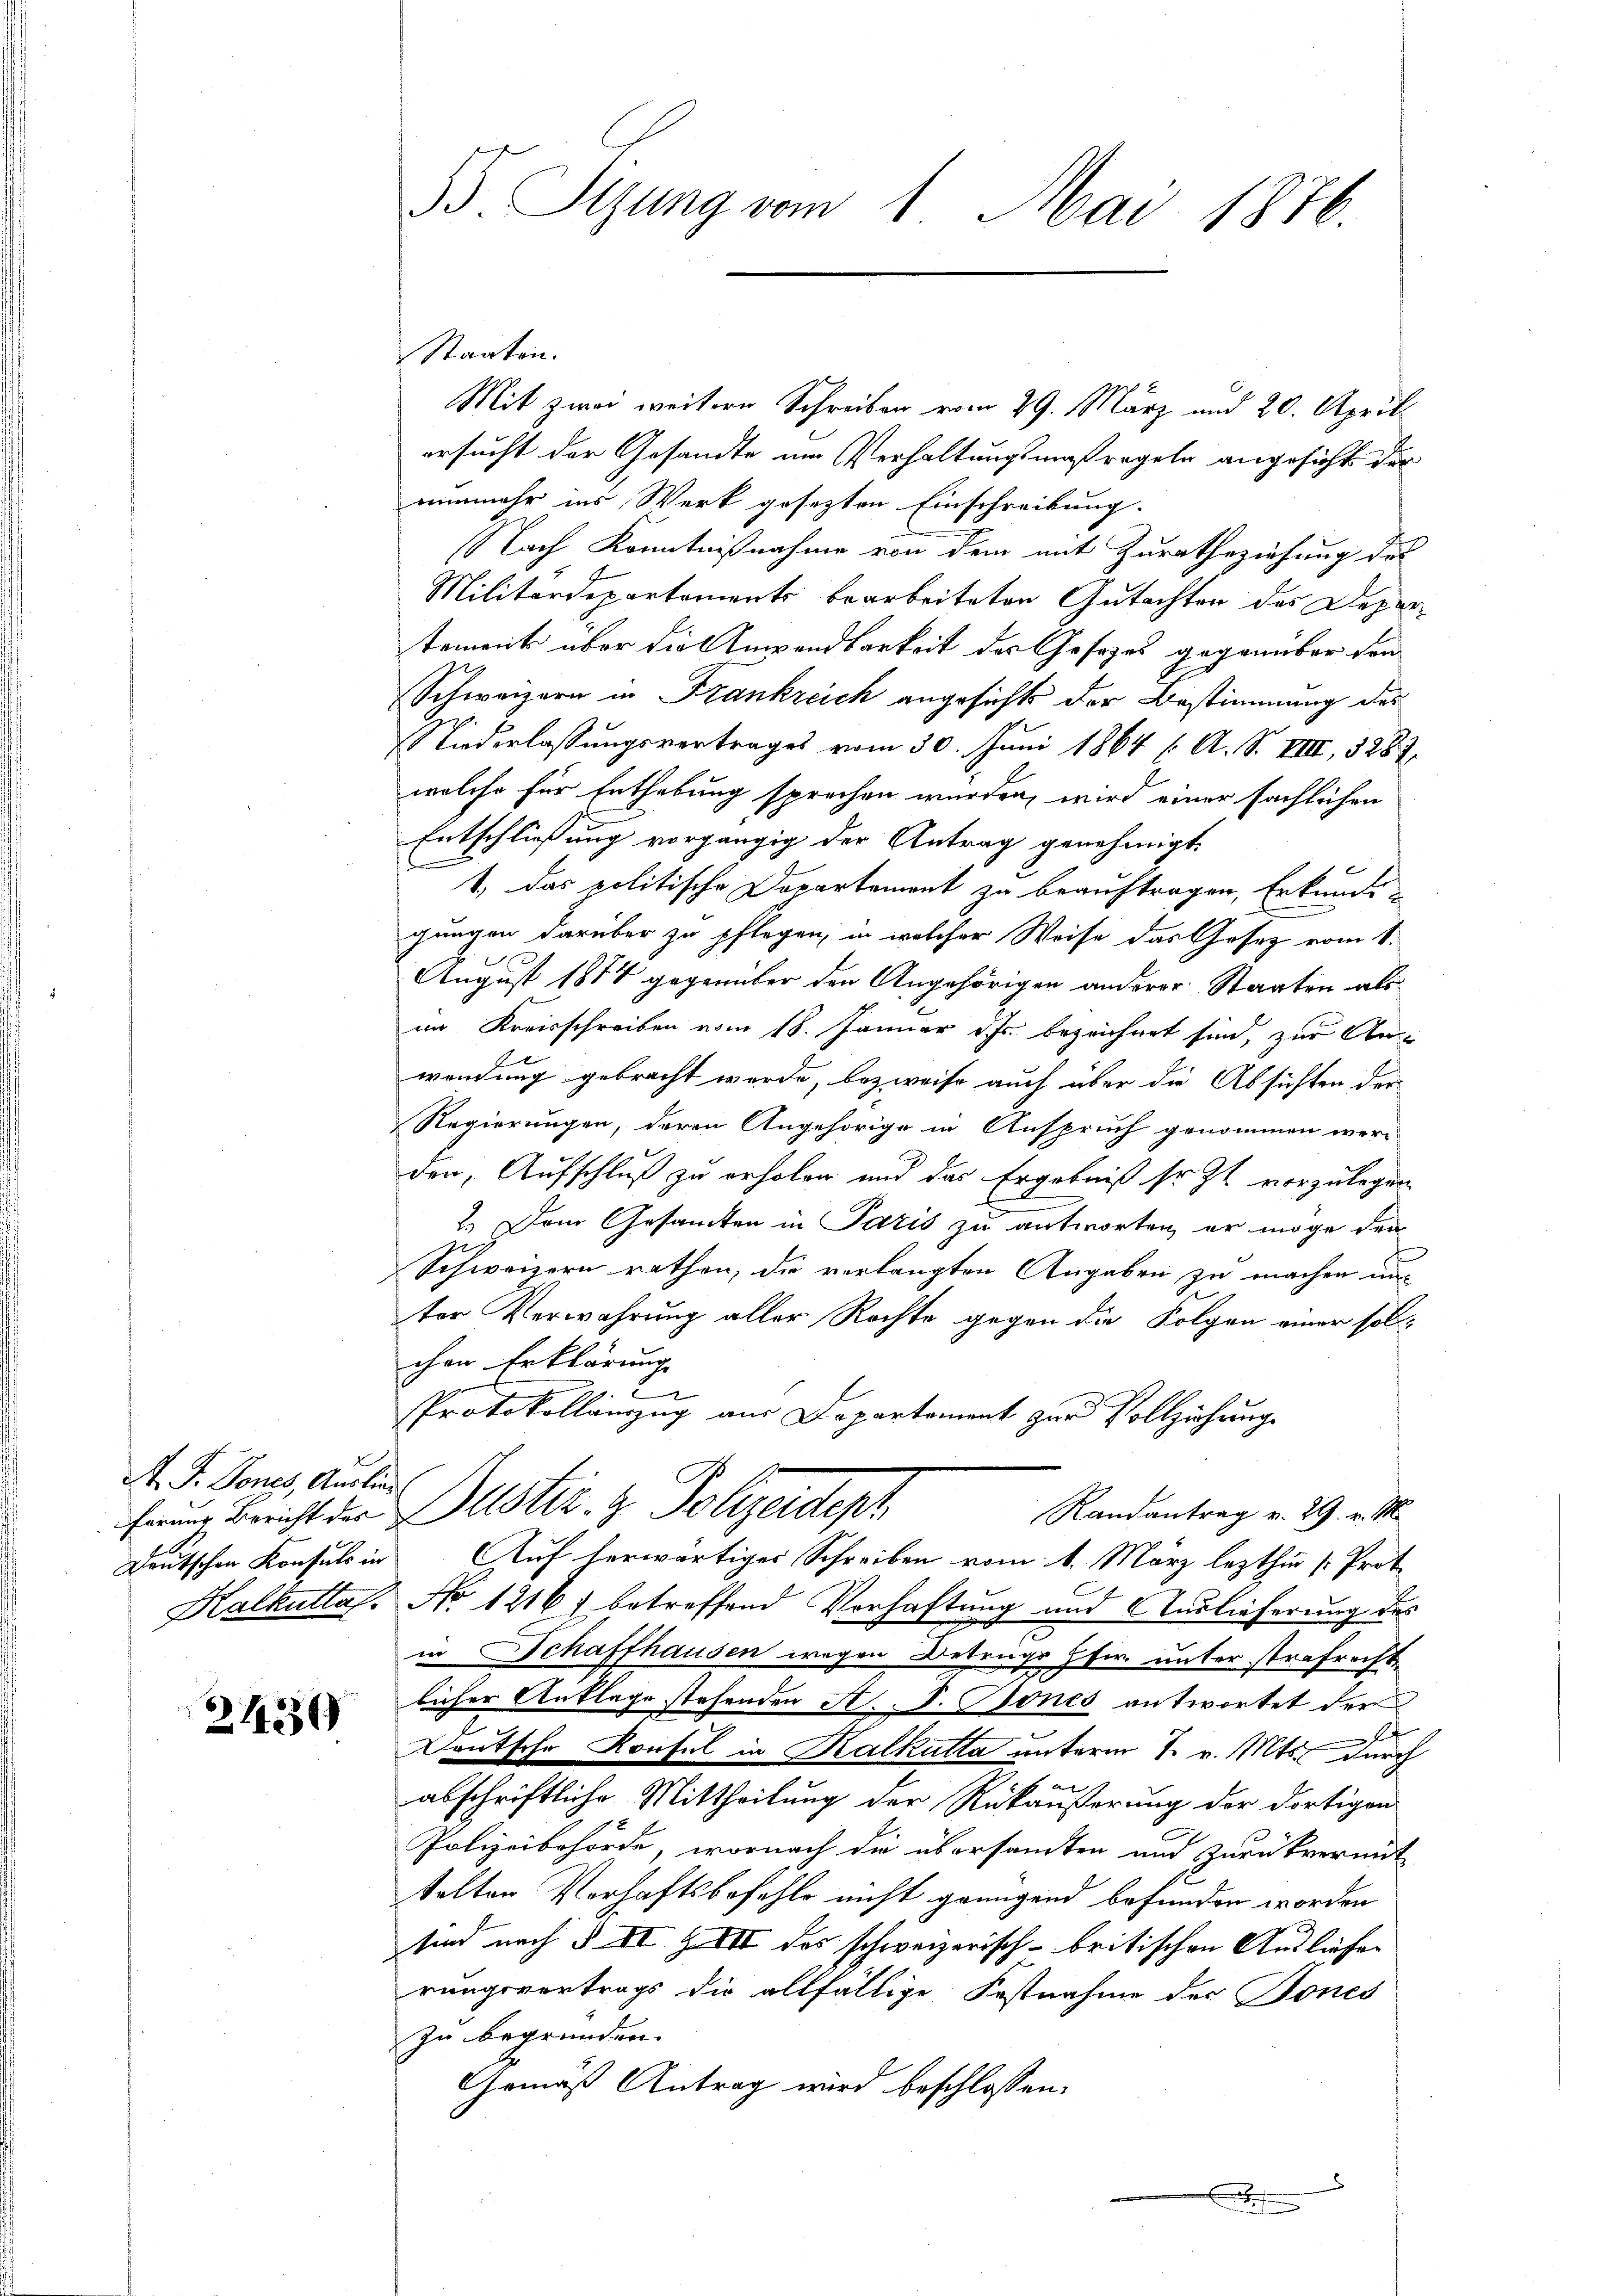
A. P. Tones, Auslie
Deutschen Konsuls in

Z 1350

3 Sizung vom 1. Mai 1876.

Staaten.
Mit zwei weitere Schreiben vom 29. März und 20. Aprill
ersucht der Gesandte im Verhaltungsmaßregeln angesicht der
nunmehr ins Werk gesezten Einschreibung.
Nach Kenntnißnahme von dem mit Zuratheziehung des
Militärdepartements bearbeiteten Gutachten des Departement über die Anwendbarkeit der Gesetzes gegenüber den
Schweizern in Frankreich angesichts der Bestimmung des
Niederlassungsvertrages vom 30. Juni 1864 ( A. S. VIII, 5283
welche für Enthebung sprechen würden, wird einer sächlichen
Entschließung vorgängig der Antrag genehmigt
1.) Das politische Departement zu beauftragen, Erkunde
gungen darüber zu pflegen; in welcher Weise das Gesetz vom 1.
August 1874 gegenüber den Angehörigen anderer Staaten als
im Kreisschreiben vom 18. Januar d. Js. bezeichnet sind, zur An-
wendung gebracht werde, bezweife auch über die Absichten der
Regierungen, deren Angehörige in Anspruch genommen wer-
den, Aufschluß zu erholen und das Ergebniß sr. Zt. vorzulegen
2.) Dem Gesamten in Paris zu antworten, er möge den
2
Schweizern rathen, die verlangten Angaben zu machen unter Verwahrung aller Rechte gegen die Folgen einer sollchen Erklärung
e
Protokollauszug aus Departement zur Vollziehung
hrung Bericht der Justiz- & Polizeideph
Randantrag v. 29. v. M.
uf herwärtiges Schreiben vom 1. März lezthin s. Prot
Kalkultas. No 12167 betreffend Vorhaftung und Auslieferung des
in Schaffhausen wegen Betrugs Hfr. unter strafrecht
licher Anklage stehenden A. F. Bones antwortet der
Deutsche Konsul in Kalkulla unterm 1. v. Mts. durch
f 0
abschriftliche Mittheilung der Rükäußerung der dortigen
Polizeibehörde, wornach die übersamten und zurückvermit
telten Verhaftsbefehls nicht genügend befunden worden
sind nach § II Z XII des schweizerisch-britischen Ausliefer
rungsvortrags die allfällige Fastnahme des Tones
zu begründen.
Gemäß Antrag wird beschlossen:
x
.